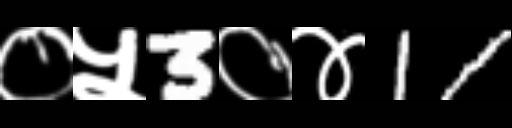
Text: ०५3०४11